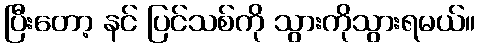
ပြီးတော့ နင် ပြင်သစ်ကို သွားကိုသွားရမယ်။